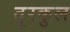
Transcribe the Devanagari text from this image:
तूरकुल